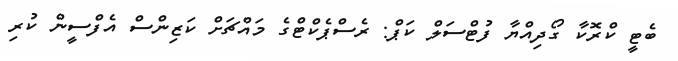
ބެޓީ ކްރޮކާ ގޯދިއްޔާ ފުޓްސަލް ކަޕް: ރެސްޕެކްޓްގެ މައްޗަށް ކަޒިންސް އެފްސީން ކުރި